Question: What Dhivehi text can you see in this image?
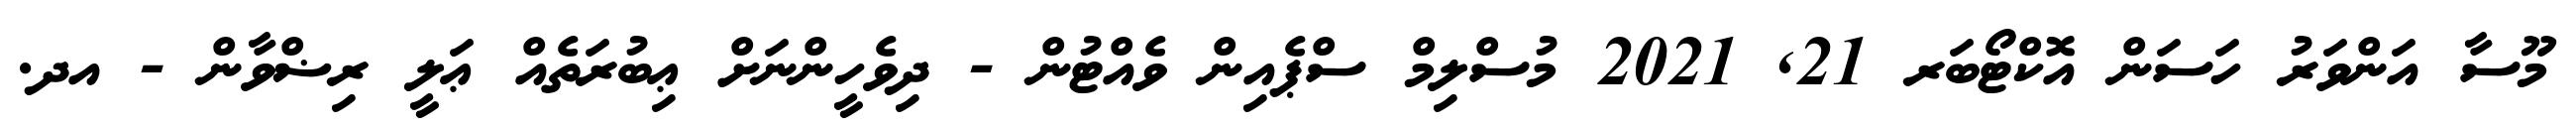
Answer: މޫސާ އަންވަރު ހަސަން އޮކްޓޯބަރ 21, 2021 މުސްލިމް ސްޕެއިން ވެއްޓުން - ދިވެހީންނަށް ޢިބުރަތެއް ޢަލީ ރިޟްވާން - އދ.